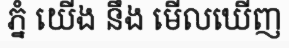
ភ្នំ យើង នឹង មើលឃើញ